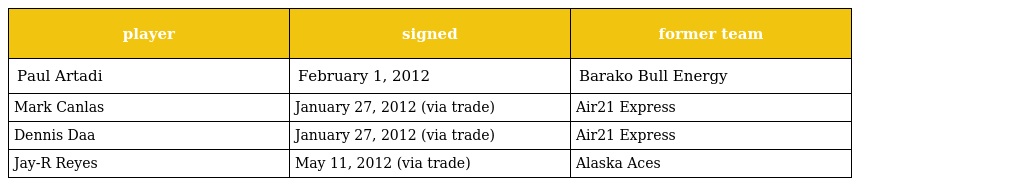
| player | signed | former team |
 | --- | --- | --- |
 | Paul Artadi | February 1, 2012 | Barako Bull Energy |
 | Mark Canlas | January 27, 2012 (via trade) | Air21 Express |
 | Dennis Daa | January 27, 2012 (via trade) | Air21 Express |
 | Jay-R Reyes | May 11, 2012 (via trade) | Alaska Aces |